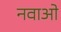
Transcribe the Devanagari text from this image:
नवाओ